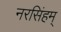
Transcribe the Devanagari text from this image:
नरसिंहम्